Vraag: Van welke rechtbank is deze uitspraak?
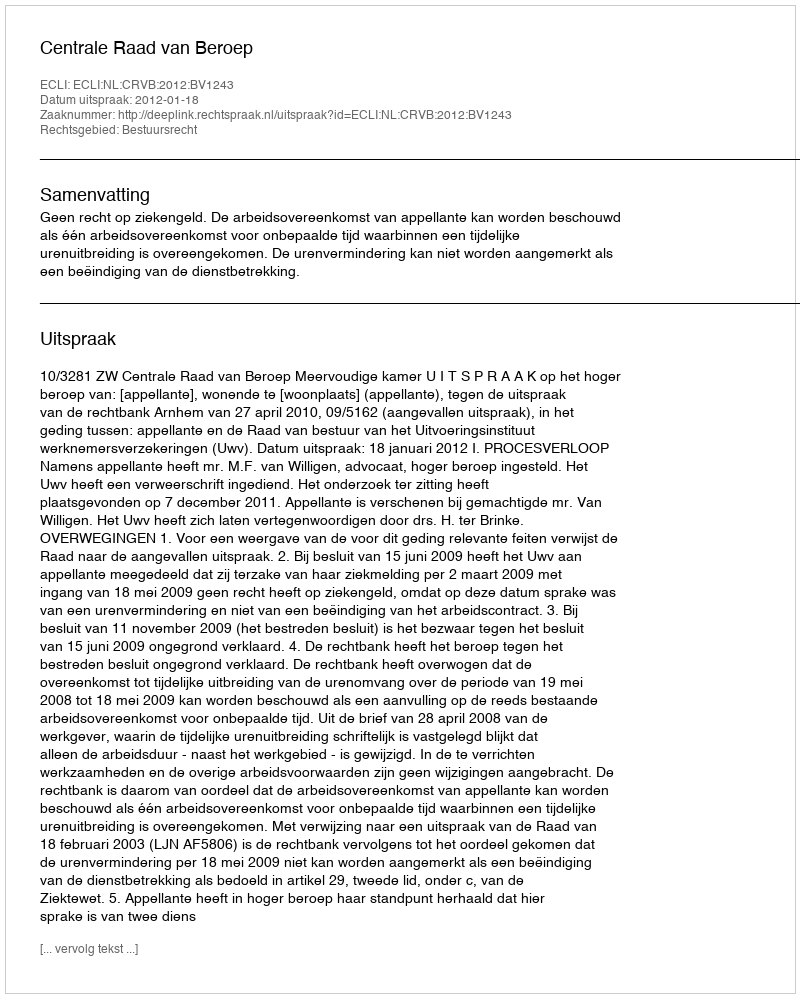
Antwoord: Centrale Raad van Beroep